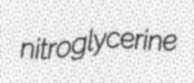
nitroglycerine